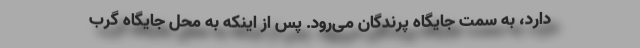
دارد، به سمت جایگاه پرندگان می‌رود. پس از اینکه به محل جایگاه گرب